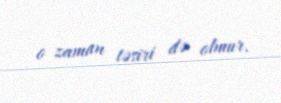
o zaman təsiri də olmur.